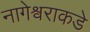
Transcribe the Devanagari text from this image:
नागेश्वराकडे